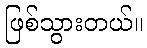
ဖြစ်သွားတယ်။